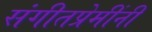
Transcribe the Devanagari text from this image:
संगीतप्रेमींनी